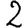
Digit: 2